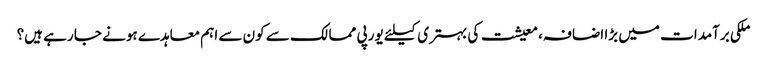
ملکی برآمدات میں بڑا اضافہ، معیشت کی بہتری کیلئے یورپی ممالک سے کون سے اہم معاہدے ہونے جا رہے ہیں؟